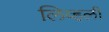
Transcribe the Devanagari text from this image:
लिव्हली